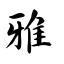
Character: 雅